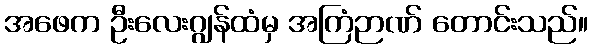
အဖေက ဦးလေးဂျွန်ထံမှ အကြံဉာဏ် တောင်းသည်။